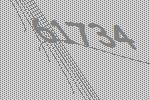
61734